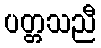
ပတ္တသညီ